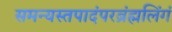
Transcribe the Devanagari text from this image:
समन्यस्तपादंपरब्रंह्मलिंगं